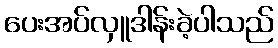
ပေးအပ်လှူဒါန်းခဲ့ပါသည်